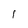
Character: 1